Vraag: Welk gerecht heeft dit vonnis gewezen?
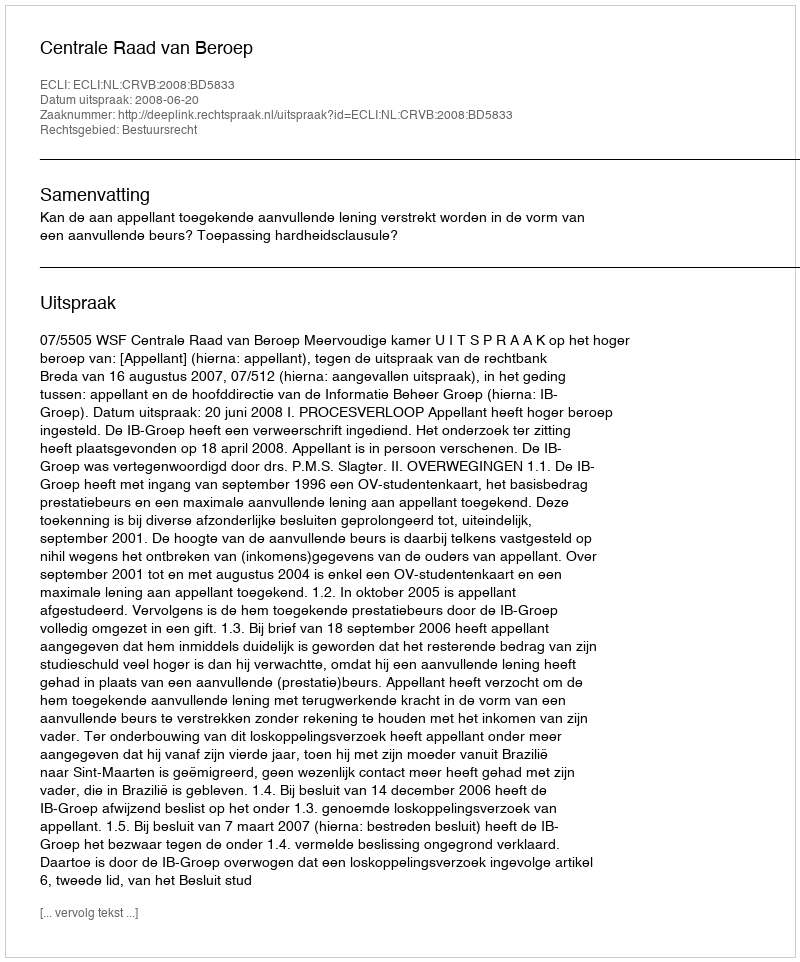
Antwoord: Centrale Raad van Beroep